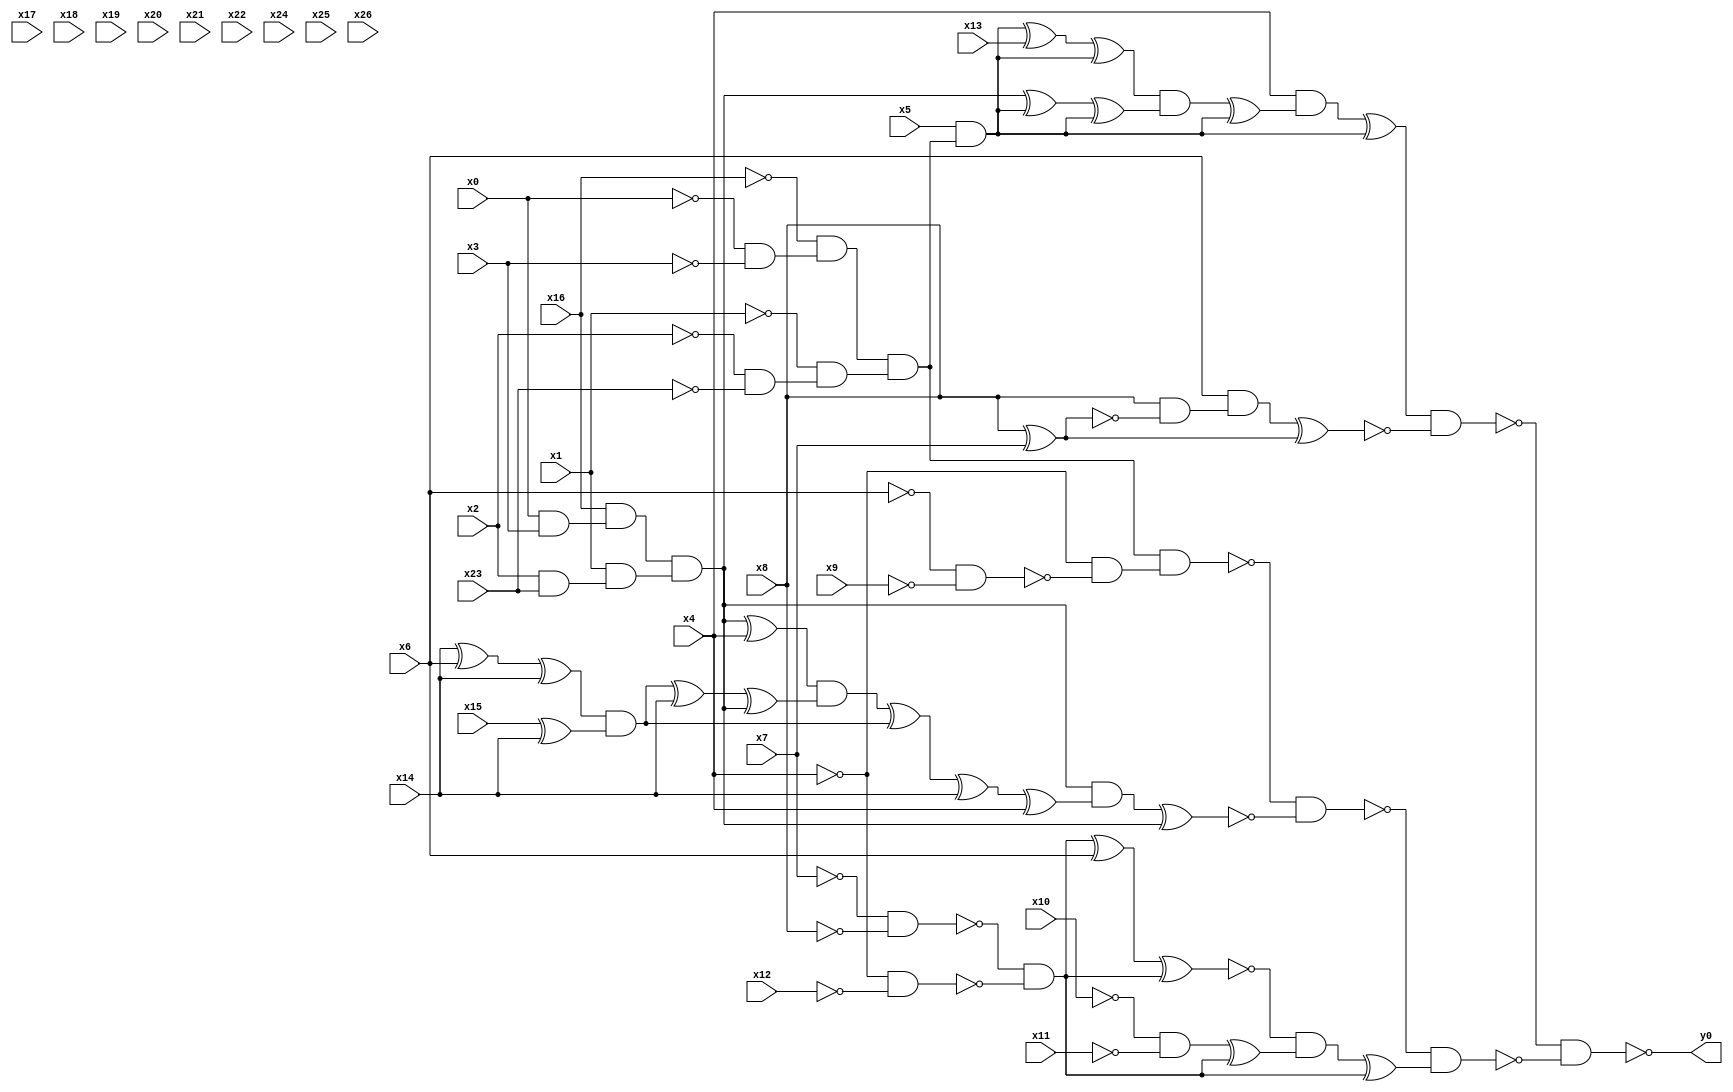
module top( x0 , x1 , x2 , x3 , x4 , x5 , x6 , x7 , x8 , x9 , x10 , x11 , x12 , x13 , x14 , x15 , x16 , x17 , x18 , x19 , x20 , x21 , x22 , x23 , x24 , x25 , x26 , y0 );
  input x0 , x1 , x2 , x3 , x4 , x5 , x6 , x7 , x8 , x9 , x10 , x11 , x12 , x13 , x14 , x15 , x16 , x17 , x18 , x19 , x20 , x21 , x22 , x23 , x24 , x25 , x26 ;
  output y0 ;
  wire n28 , n29 , n30 , n31 , n32 , n33 , n34 , n35 , n36 , n37 , n38 , n39 , n40 , n41 , n42 , n43 , n44 , n45 , n46 , n47 , n48 , n49 , n50 , n51 , n52 , n53 , n54 , n55 , n56 , n57 , n58 , n59 , n60 , n61 , n62 , n63 , n64 , n65 , n66 , n67 , n68 , n69 , n70 , n71 , n72 , n73 , n74 , n75 , n76 , n77 , n78 , n79 ;
  assign n28 = ~x0 & ~x3 ;
  assign n29 = ~x16 & n28 ;
  assign n30 = ~x2 & ~x23 ;
  assign n31 = ~x1 & n30 ;
  assign n32 = n29 & n31 ;
  assign n33 = x5 & n32 ;
  assign n34 = n33 ^ x13 ;
  assign n35 = n34 ^ n33 ;
  assign n36 = x0 & x3 ;
  assign n37 = x16 & n36 ;
  assign n38 = x2 & x23 ;
  assign n39 = x1 & n38 ;
  assign n40 = n37 & n39 ;
  assign n41 = n40 ^ n33 ;
  assign n42 = n41 ^ n33 ;
  assign n43 = n35 & n42 ;
  assign n44 = n43 ^ n33 ;
  assign n45 = x4 & n44 ;
  assign n46 = n45 ^ n33 ;
  assign n47 = x8 ^ x7 ;
  assign n48 = x8 & ~n47 ;
  assign n49 = x6 & n48 ;
  assign n50 = n49 ^ n47 ;
  assign n51 = n46 & ~n50 ;
  assign n52 = ~x6 & ~x9 ;
  assign n53 = ~x4 & ~n52 ;
  assign n54 = n32 & n53 ;
  assign n55 = n40 ^ x4 ;
  assign n56 = x14 ^ x6 ;
  assign n57 = n56 ^ x14 ;
  assign n58 = x15 ^ x14 ;
  assign n59 = n57 & n58 ;
  assign n60 = n59 ^ x14 ;
  assign n61 = n60 ^ n40 ;
  assign n62 = n55 & n61 ;
  assign n63 = n62 ^ n59 ;
  assign n64 = n63 ^ x14 ;
  assign n65 = n64 ^ x4 ;
  assign n66 = n40 & n65 ;
  assign n67 = n66 ^ n40 ;
  assign n68 = ~n54 & ~n67 ;
  assign n69 = ~x7 & ~x8 ;
  assign n70 = ~x4 & ~x12 ;
  assign n71 = ~n69 & ~n70 ;
  assign n72 = n71 ^ x6 ;
  assign n73 = n72 ^ n71 ;
  assign n74 = ~x10 & ~x11 ;
  assign n75 = n74 ^ n71 ;
  assign n76 = ~n73 & n75 ;
  assign n77 = n76 ^ n71 ;
  assign n78 = ~n68 & n77 ;
  assign n79 = ~n51 & ~n78 ;
  assign y0 = ~n79 ;
endmodule